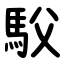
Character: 䭸